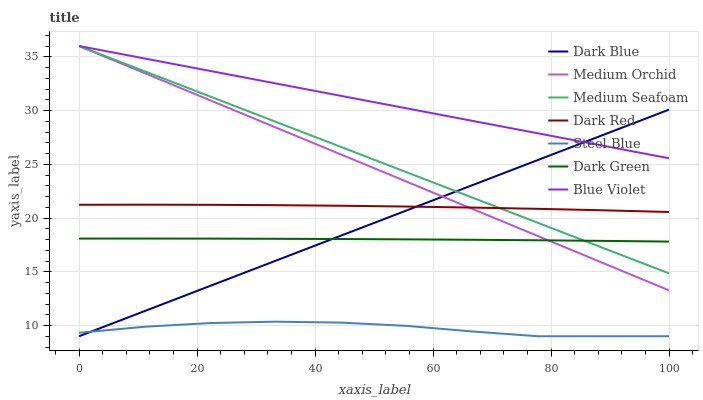
| xaxis_label | Dark Blue | Medium Orchid | Medium Seafoam | Dark Red | Steel Blue | Dark Green | Blue Violet |
 | --- | --- | --- | --- | --- | --- | --- | --- |
 | 0 | 9 | 36 | 36 | 21.2 | 9.32 | 18.1 | 36 |
 | 11.1 | 11.3 | 33.5 | 33.7 | 21.2 | 9.88 | 18.1 | 34.8 |
 | 22.2 | 13.7 | 30.9 | 31.3 | 21.2 | 10.2 | 18.1 | 33.7 |
 | 33.3 | 16 | 28.4 | 29 | 21.2 | 10.4 | 18.1 | 32.5 |
 | 44.4 | 18.4 | 25.9 | 26.6 | 21.1 | 10.3 | 18 | 31.4 |
 | 55.6 | 20.7 | 23.4 | 24.3 | 21.1 | 9.96 | 18 | 30.2 |
 | 66.7 | 23.1 | 20.8 | 21.9 | 21 | 9.45 | 18 | 29 |
 | 77.8 | 25.4 | 18.3 | 19.6 | 20.9 | 9 | 17.9 | 27.9 |
 | 88.9 | 27.7 | 15.8 | 17.2 | 20.7 | 9 | 17.9 | 26.7 |
 | 100 | 30.1 | 13.3 | 14.9 | 20.6 | 9 | 17.8 | 25.6 |